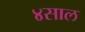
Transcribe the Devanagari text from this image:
४साल